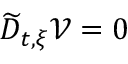
\widetilde { D } _ { t , \xi } \mathcal { V } = 0